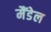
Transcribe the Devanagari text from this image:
मैंडेल